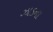
ઝાડના